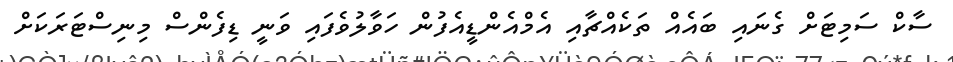
ސާކް ސަމިޓަށް ގެނައި ބައެއް ތަކެއްޗާއި އެމްއެންޑީއެފުން ހަވާލުވެފައި ވަނީ ޑިފެންސް މިނިސްޓަރަކަށް